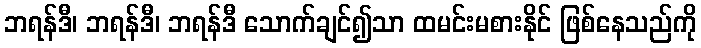
ဘရန်ဒီ၊ ဘရန်ဒီ၊ ဘရန်ဒီ သောက်ချင်၍သာ ထမင်းမစားနိုင် ဖြစ်နေသည်ကို